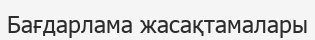
Бағдарлама жасақтамалары